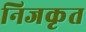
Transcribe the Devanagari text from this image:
निजकृत